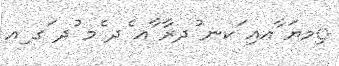
ިމޔަ ާއއި ަކނ ުދރާ ާއ ެދ ެމ ުދ ަގ ިއ